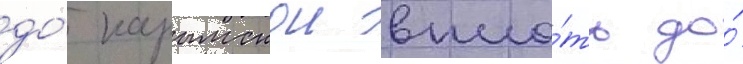
до́ карымскои впло́ть до́